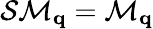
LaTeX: \mathcal{S}\mathcal{M}_{\mathbf q}=\mathcal{M}_{\mathbf q}